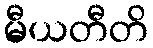
မီယတီတိ